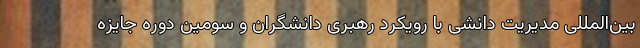
بین‌المللی مدیریت ‌دانشی با رویکرد رهبری دانشگران و سومین دوره جایزه